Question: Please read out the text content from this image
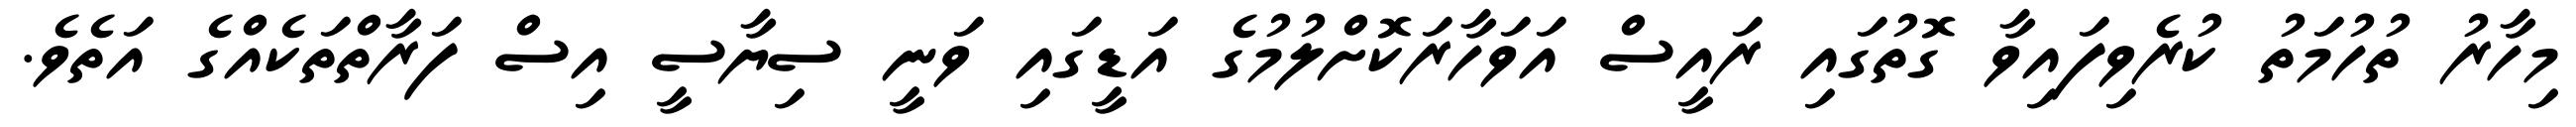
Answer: މިހާރު ތުހުމަތު ކުރެވިފައިވާ ގޮތުގައި ރައީސް އަވަހާރަކޮށްލުމުގެ އަޑީގައި ވަނީ ސިޔާސީ އިސް ފަރާތްތަކެއްގެ އަތެވެ.